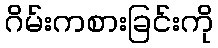
ဂိမ်းကစားခြင်းကို